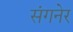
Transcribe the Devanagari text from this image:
संगनेर